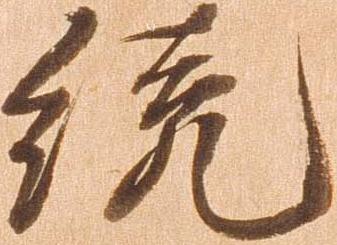
統